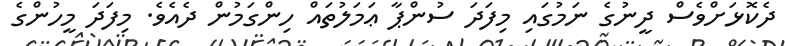
ދެކޮޅަށްވެސް ދީނުގެ ނަމުގައި މިފަދަ ސުންޕާ ޢަމަލުތައް ހިންގަމުން ދެއެވެ. މިފަދަ މީހުންގެ